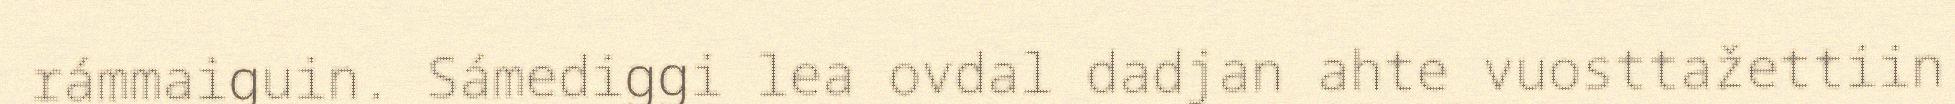
rámmaiguin. Sámediggi lea ovdal dadjan ahte vuosttažettiin